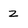
Character: z